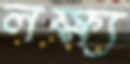
লক্ষ্য